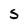
Character: S